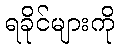
ရခိုင်များကို